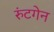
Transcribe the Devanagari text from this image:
रुंटगेन